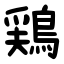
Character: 鶏